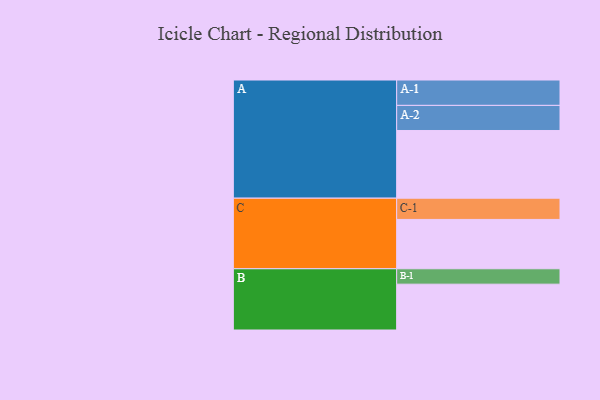
{"axis": {"x": "Segment", "y": "Value"}, "legend": ["", "A", "B", "C"], "data": [{"x": "A", "y": 523, "type": ""}, {"x": "B", "y": 354, "type": ""}, {"x": "C", "y": 381, "type": ""}, {"x": "A-1", "y": 196, "type": "A"}, {"x": "A-2", "y": 194, "type": "A"}, {"x": "B-1", "y": 119, "type": "B"}, {"x": "C-1", "y": 164, "type": "C"}]}